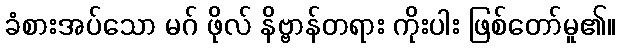
ခံစားအပ်သော မဂ် ဖိုလ် နိဗ္ဗာန်တရား ကိုးပါး ဖြစ်တော်မူ၏။